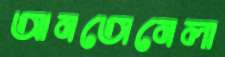
আনতোনেলা